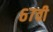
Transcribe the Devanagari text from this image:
६७वी